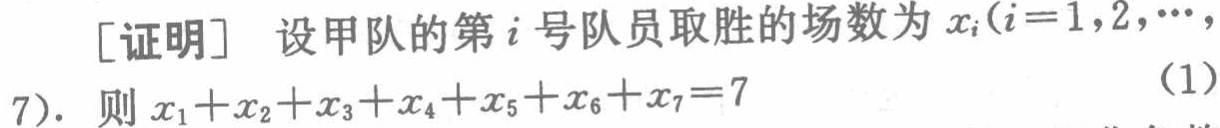
[证明] 设甲队的第\(i\)号队员取胜的场数为\(x_{i}(i = 1,2,\cdots,7)\). 则\(x_{1}+x_{2}+x_{3}+x_{4}+x_{5}+x_{6}+x_{7}=7\) （1）